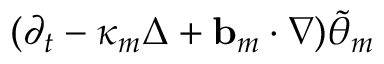
( \partial _ { t } - \kappa _ { m } \Delta + \ensuremath { \mathbf { b } } _ { m } \cdot \nabla ) \tilde { \theta } _ { m }